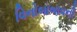
વિનોબાબાવની